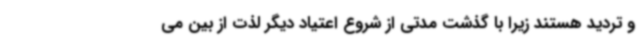
و تردید هستند زیرا با گذشت مدتی از شروع اعتیاد دیگر لذت از بین می